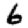
Digit: 6